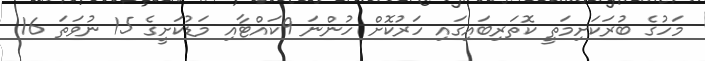
މަހުގެ ބުރަކަށިމަތީ ކޮތަރިބައިގައި ހަރުކޮށް ހުންނަ 9ކައްޓާއި މަޑުކަށީގެ 15 ނުވަތަ 16